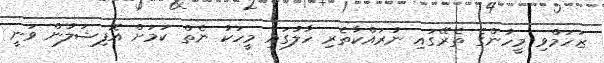
ޒަހަމްވި މީހުންގެ ތެރޭގައި ނުރައްކާތެރި ހާލުގައި މީހަކު ނެތް ކަމަށް އޮފިޝަލުން ވަނީ